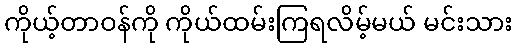
ကိုယ့်တာဝန်ကို ကိုယ်ထမ်းကြရလိမ့်မယ် မင်းသား